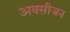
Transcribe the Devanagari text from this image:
अक्‍सीजन